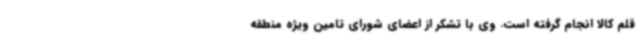
قلم کالا انجام گرفته است. وی با تشکر از اعضای شورای تامین ویژه منطقه